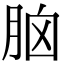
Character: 脑